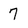
Character: 7